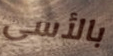
بالأسى